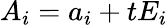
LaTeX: A_{i}=a_{i}+tE_{i}